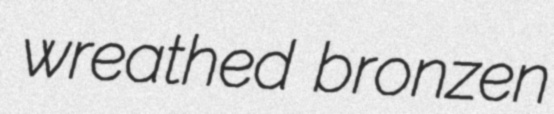
wreathed bronzen